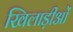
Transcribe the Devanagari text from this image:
खिलाड़ीओं